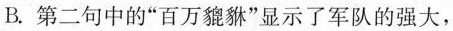
B.第二句中的”百万貔貅”显示了军队的强大，